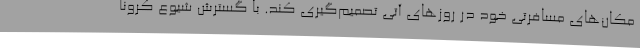
مکان‌های مسافرتی خود در روزهای آتی تصمیم‌گیری کند. با گسترش شیوع کرونا